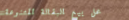
محل بيع البقالة المتنوعة: